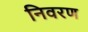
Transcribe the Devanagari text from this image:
निवरण